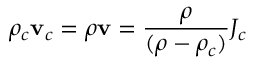
\rho _ { c } \mathbf { v } _ { c } = \rho \mathbf { v } = \frac { \rho } { ( \rho - \rho _ { c } ) } J _ { c }